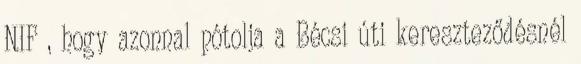
NIF , hogy azonnal pótolja a Bécsi úti kereszteződésnél